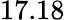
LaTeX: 17.18